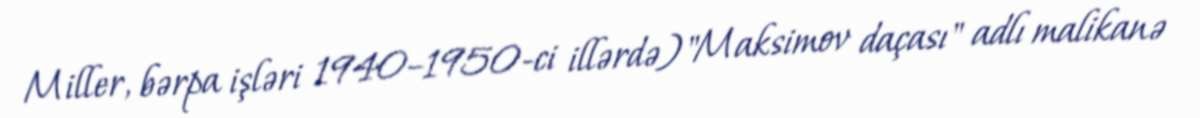
Miller, bərpa işləri 1940–1950-ci illərdə) "Maksimov daçası" adlı malikanə